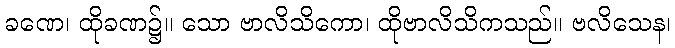
ခဏေ၊ ထိုခဏ၌။ သော ဗာလိသိကော၊ ထိုဗာလိသိကသည်။ ဗလိသေန၊